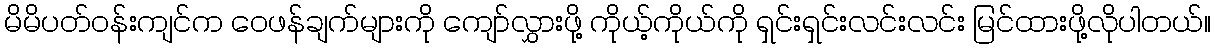
မိမိပတ်ဝန်းကျင်က ဝေဖန်ချက်များကို ကျော်လွှားဖို့ ကိုယ့်ကိုယ်ကို ရှင်းရှင်းလင်းလင်း မြင်ထားဖို့လိုပါတယ်။